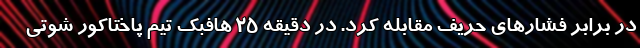
در برابر فشارهای حریف مقابله کرد. در دقیقه ۲۵ هافبک تیم پاختاکور شوتی